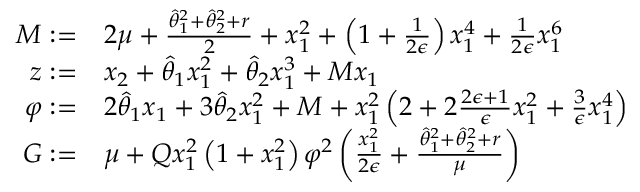
\begin{array} { r l } { M : = } & { 2 \mu + \frac { \hat { \theta } _ { 1 } ^ { 2 } + \hat { \theta } _ { 2 } ^ { 2 } + r } { 2 } + x _ { 1 } ^ { 2 } + \left( 1 + \frac { 1 } { 2 \epsilon } \right) x _ { 1 } ^ { 4 } + \frac { 1 } { 2 \epsilon } x _ { 1 } ^ { 6 } } \\ { z : = } & { x _ { 2 } + \hat { \theta } _ { 1 } x _ { 1 } ^ { 2 } + \hat { \theta } _ { 2 } x _ { 1 } ^ { 3 } + M x _ { 1 } } \\ { \varphi : = } & { 2 \hat { \theta } _ { 1 } x _ { 1 } + 3 \hat { \theta } _ { 2 } x _ { 1 } ^ { 2 } + M + x _ { 1 } ^ { 2 } \left( 2 + 2 \frac { 2 \epsilon + 1 } { \epsilon } x _ { 1 } ^ { 2 } + \frac { 3 } { \epsilon } x _ { 1 } ^ { 4 } \right) } \\ { G : = } & { \mu + Q x _ { 1 } ^ { 2 } \left( 1 + x _ { 1 } ^ { 2 } \right) \varphi ^ { 2 } \left( \frac { x _ { 1 } ^ { 2 } } { 2 \epsilon } + \frac { \hat { \theta } _ { 1 } ^ { 2 } + \hat { \theta } _ { 2 } ^ { 2 } + r } { \mu } \right) } \end{array}